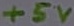
Text: +5V